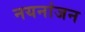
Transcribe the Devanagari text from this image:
नयनांजन